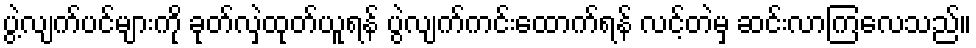
ပွဲ့လျက်ပင်များကို ခုတ်လှဲထုတ်ယူရန် ပွဲလျက်ကင်းထောက်ရန် လင့်တဲမှ ဆင်းလာကြလေသည်။